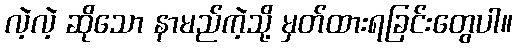
လဲ့လဲ့ ဆိုသော နာမည်ကဲ့သို့ မှတ်ထားရခြင်းတွေပါ။